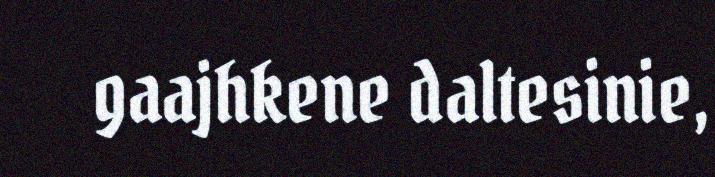
gaajhkene daltesinie,